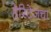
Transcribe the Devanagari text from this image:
हेरिटेजचा